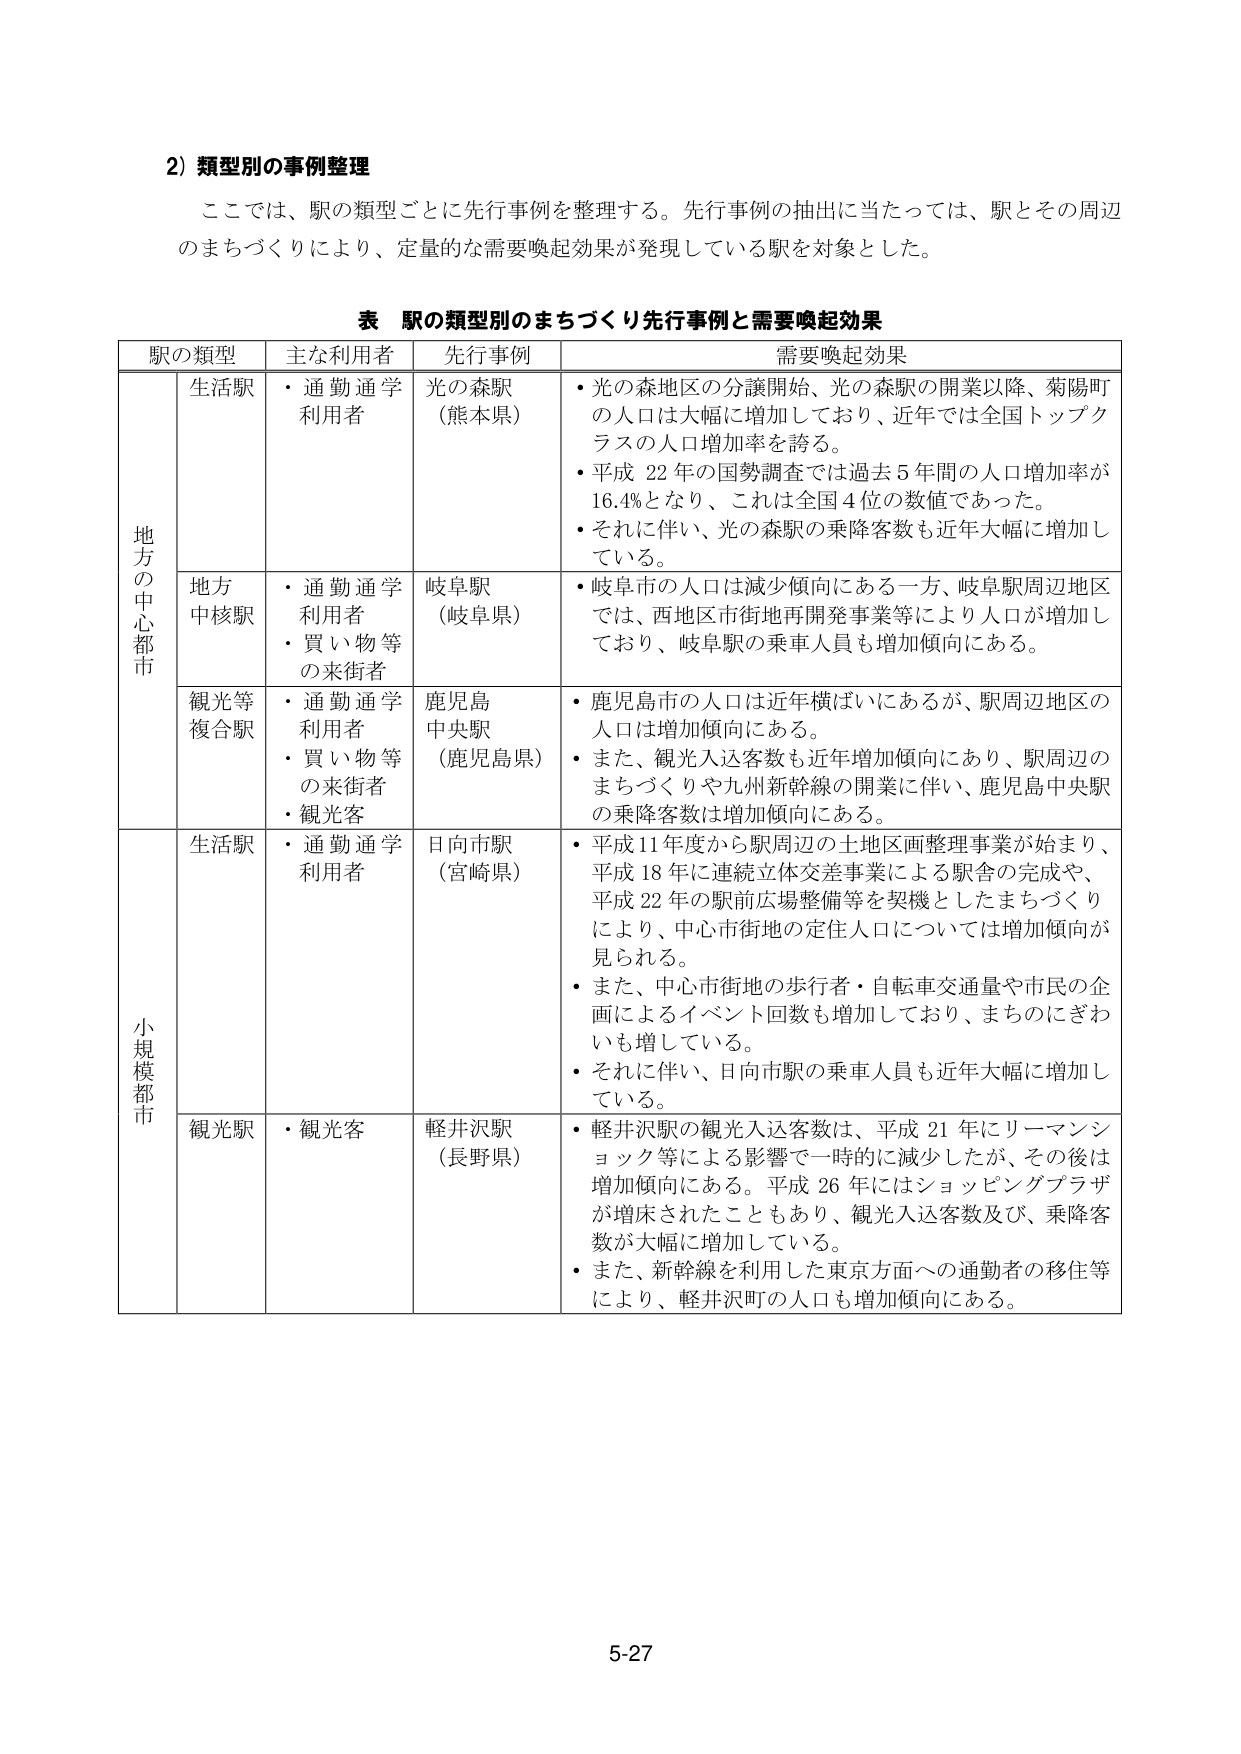
2) 類型別の事例整理
ここでは、駅の類型ごとに先行事例を整理する。先行事例の抽出に当たっては、駅とその周辺のまちづくりにより、定量的な需要喚起効果が発現している駅を対象とした。

表 駅の類型別のまちづくり先行事例と需要喚起効果

| 駅の類型 | 主な利用者 | 先行事例 | 需要喚起効果 |
|----------|------------|----------|--------------|
| 地方の中心都市 | 生活駅 | ・通勤通学利用者 | 光の森駅（熊本県） | ・光の森地区の分譲開始、光の森駅の開業以降、菊陽町の人口は大幅に増加しており、近年では全国トップクラスの人口増加率を誇る。<br>・平成22年の国勢調査では過去5年間の人口増加率が16.4%となり、これは全国4位の数値であった。<br>・それに伴い、光の森駅の乗降客数も近年大幅に増加している。 |
| | 地方中核駅 | ・通勤通学利用者<br>・買い物等の来街者 | 岐阜駅（岐阜県） | ・岐阜市の人口は減少傾向にある一方、岐阜駅周辺地区では、西地区市街地再開発事業等により人口が増加しており、岐阜駅の乗車人員も増加傾向にある。 |
| | 観光等複合駅 | ・通勤通学利用者<br>・買い物等の来街者<br>・観光客 | 鹿児島中央駅（鹿児島県） | ・鹿児島市の人口は近年横ばいにあるが、駅周辺地区の人口は増加傾向にある。<br>・また、観光入込客数も近年増加傾向にあり、駅周辺のまちづくりや九州新幹線の開業に伴い、鹿児島中央駅の乗降客数は増加傾向にある。 |
| 小規模都市 | 生活駅 | ・通勤通学利用者 | 日向市駅（宮崎県） | ・平成11年度から駅周辺の土地区画整理事業が始まり、平成18年に連続立体交差事業による駅舎の完成や、平成22年の駅前広場整備等を契機としたまちづくりにより、中心市街地の定住人口については増加傾向が見られる。<br>・また、中心市街地の歩行者・自転車交通量や市民の企画によるイベント回数も増加しており、まちのにぎわいも増している。<br>・それに伴い、日向市駅の乗車人員も近年大幅に増加している。 |
| | 観光駅 | ・観光客 | 軽井沢駅（長野県） | ・軽井沢駅の観光入込客数は、平成21年にリーマンショック等による影響で一時的に減少したが、その後は増加傾向にある。平成26年にはショッピングプラザが増床されたこともあり、観光入込客数及び、乗降客数が大幅に増加している。<br>・また、新幹線を利用した東京方面への通勤者の移住等により、軽井沢町の人口も増加傾向にある。 |

5-27